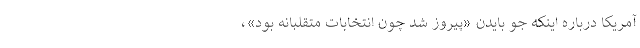
آمریکا درباره اینکه جو بایدن «پیروز شد چون انتخابات متقلبانه بود»،